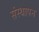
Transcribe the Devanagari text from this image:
संस्‍थापन